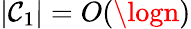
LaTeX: |\mathcal{C}_{1}|=O(\logn)